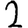
Digit: 2